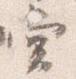
堂